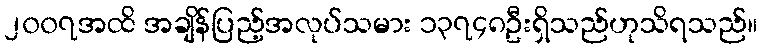
၂၀၀၇အထိ အချိန်ပြည့်အလုပ်သမား ၁၃၇၄၈ဦးရှိသည်ဟုသိရသည်။